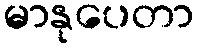
မာနုပေတာ